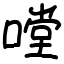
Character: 嘡